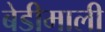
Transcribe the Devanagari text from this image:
बेडीमाली